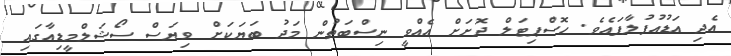
އެދި އަޑުއުފުލާފައެވެ. ހޮސްޕިޓަލް ދޮށަށް އެއްވީ ނިސްބަތުން މަދު ބަޔަކަށް ވިޔަސް ސޯޝަލްމީޑިއާގައި